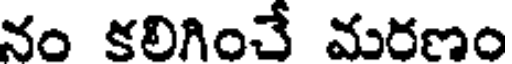
నం కలిగించే మరణం